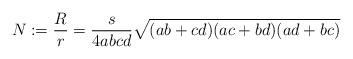
LaTeX: \begin{align*}N:=\frac{R}{r}=\frac{s}{4abcd}\sqrt{(ab+cd)(ac+bd)(ad+bc)}\end{align*}